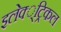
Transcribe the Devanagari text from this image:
इलेक्‍्ट्रिकल